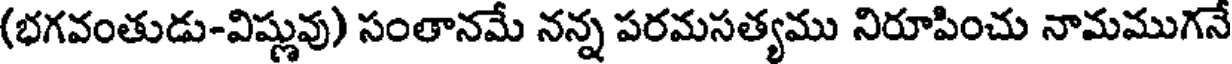
(భగవంతుడు-విష్ణువు) సంతానమే నన్న పరమసత్యము నిరూపించు నామముగనే